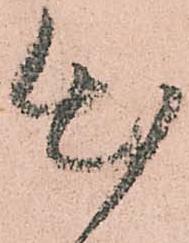
出